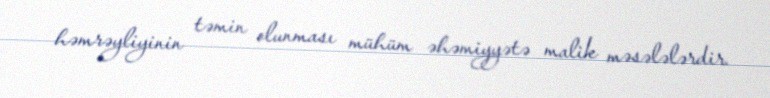
həmrəyliyinin təmin olunması mühüm əhəmiyyətə malik məsələlərdir.